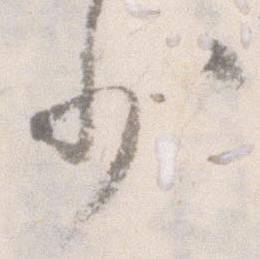
少